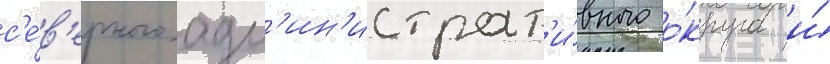
с'е́в'ерного адм'ин'истрат'и́вного о́круга и́